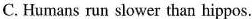
C. Humans run slower than hippos.